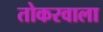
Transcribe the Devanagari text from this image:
तोकरवाला